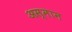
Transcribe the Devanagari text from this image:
अस्मान